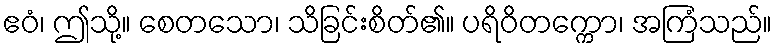
ဧဝံ၊ ဤသို့။ စေတသော၊ သိခြင်းစိတ်၏။ ပရိဝိတက္ကော၊ အကြံသည်။